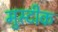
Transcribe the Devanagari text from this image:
मुस्टीक